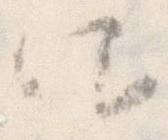
仰